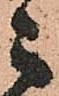
之